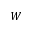
W